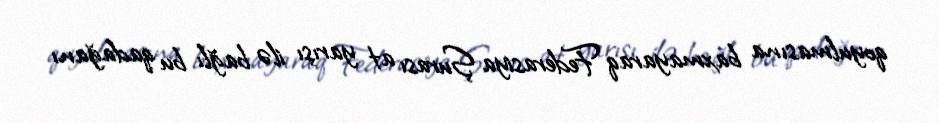
qoyulmasına baxmayaraq Federasiya Şurası at yarışı ilə bağlı bu qadağanı